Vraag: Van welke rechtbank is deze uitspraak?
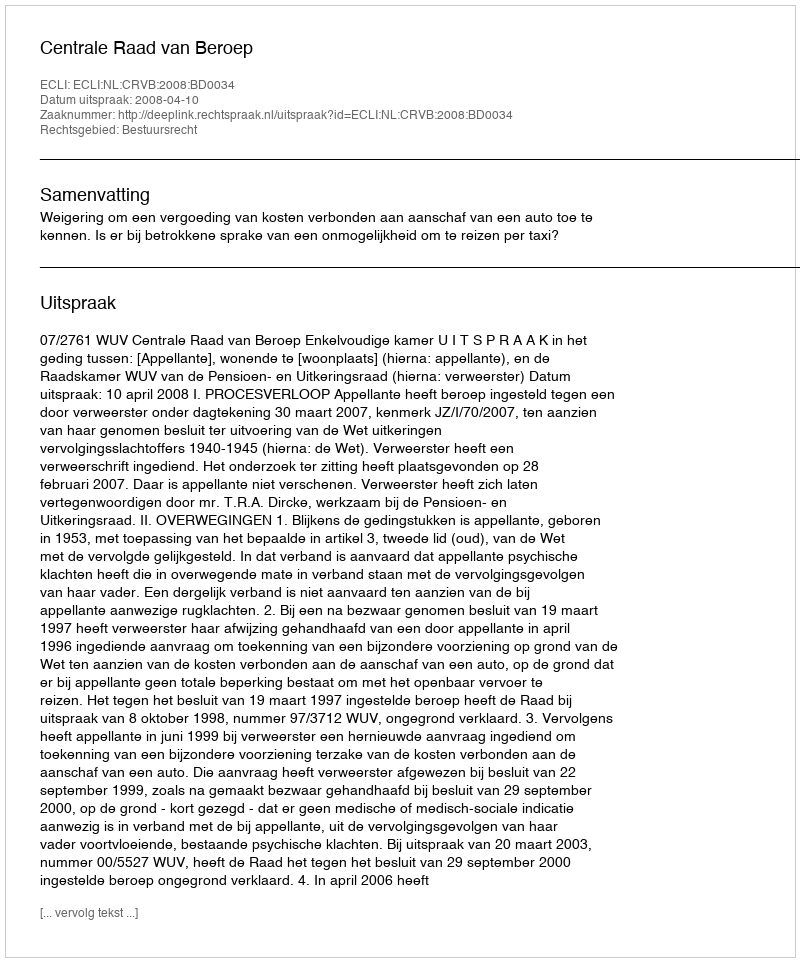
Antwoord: Centrale Raad van Beroep